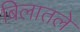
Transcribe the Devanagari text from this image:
बिलातले